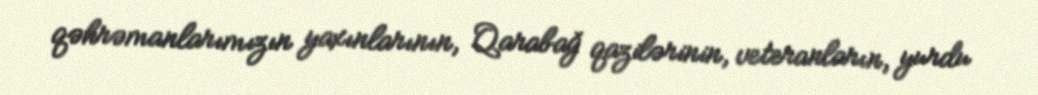
qəhrəmanlarımızın yaxınlarının, Qarabağ qazilərinin, veteranların, yurdu